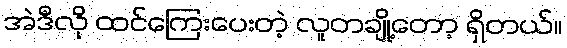
အဲဒီလို ထင်ကြေးပေးတဲ့ လူတချို့တော့ ရှိတယ်။